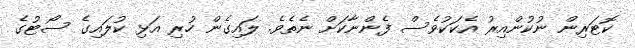
ކޮޓަރިން ނުކުންއިރު އެކަކުވެސް ފެންނާކަށް ނެތެވެ. ލައިގެން ހުރި އަޅި ކުލައިގެ ސޯޓުގެ